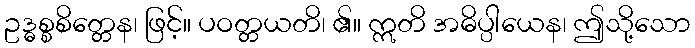
ဥဒ္ဓစ္စစိတ္တေန၊ ဖြင့်။ ပဝတ္တယတိ၊ ၏။ ဣတိ အဓိပ္ပါယေန၊ ဤသို့သော